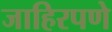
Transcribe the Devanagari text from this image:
जाहिरपणे